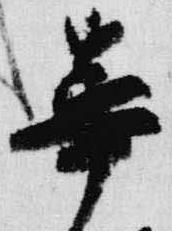
華